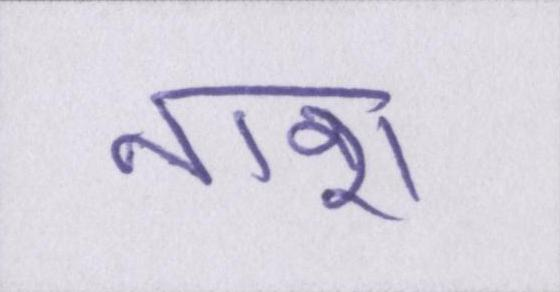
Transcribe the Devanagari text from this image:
नाश